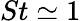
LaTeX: St\simeq 1